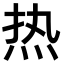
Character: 热